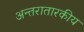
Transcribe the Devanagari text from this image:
अन्तरातारकीय